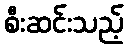
စီးဆင်းသည့်